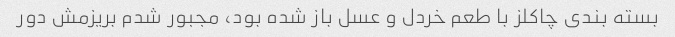
بسته بندی چاکلز با طعم خردل و عسل باز شده بود، مجبور شدم بریزمش دور